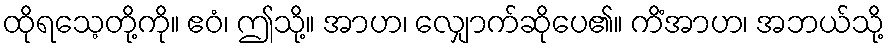
ထိုရသေ့တို့ကို။ ဧဝံ၊ ဤသို့။ အာဟ၊ လျှောက်ဆိုပေ၏။ ကိံအာဟ၊ အဘယ်သို့